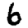
Digit: 6